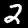
Label: 2